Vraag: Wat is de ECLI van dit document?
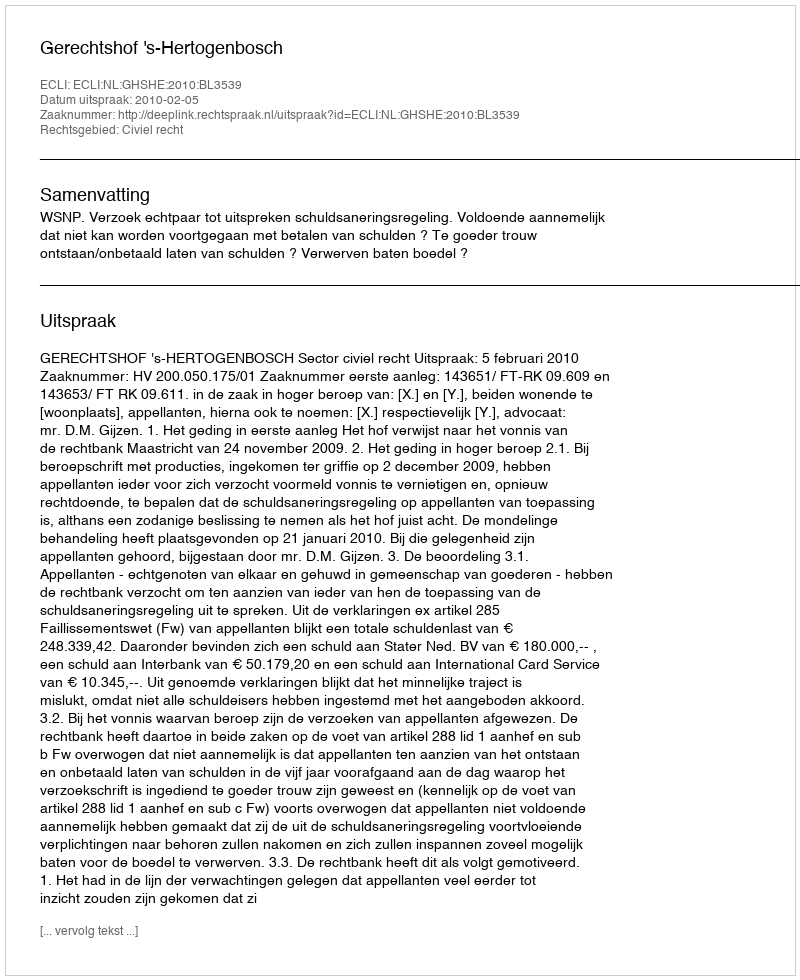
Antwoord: ECLI:NL:GHSHE:2010:BL3539